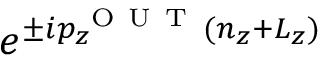
e ^ { \pm i p _ { z } ^ { \mathrm { ~ O ~ U ~ T ~ } } ( n _ { z } + L _ { z } ) }